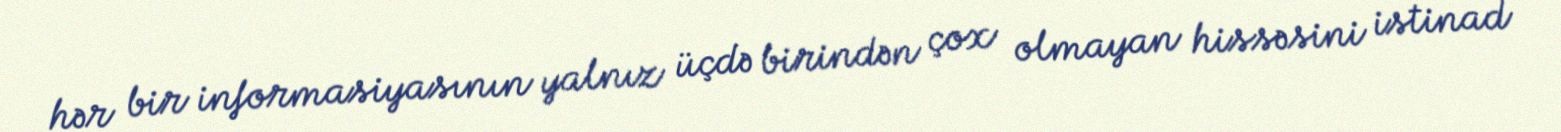
hər bir informasiyasının yalnız üçdə birindən çox olmayan hissəsini istinad